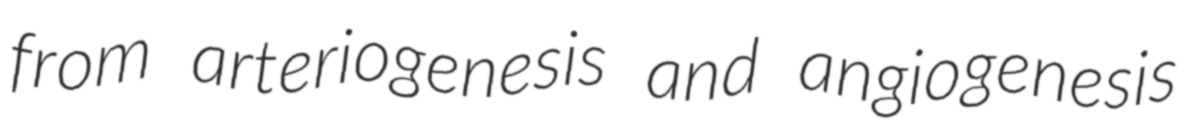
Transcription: from arteriogenesis and angiogenesis